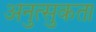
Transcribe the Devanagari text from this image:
अनुत्सुकता